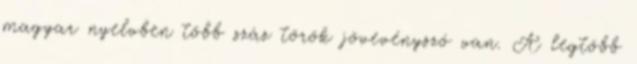
magyar nyelvben több száz török jövevényszó van. A legtöbb